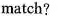
match?